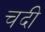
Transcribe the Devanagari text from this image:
चदी